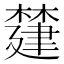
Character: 㯬